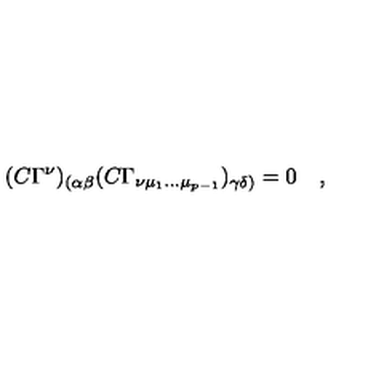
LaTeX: ( C \Gamma ^ { \nu } ) _ { ( \alpha \beta } ( C \Gamma _ { \nu \mu _ { 1 } \dots \mu _ { p - 1 } } ) _ { \gamma \delta ) } = 0 \quad ,